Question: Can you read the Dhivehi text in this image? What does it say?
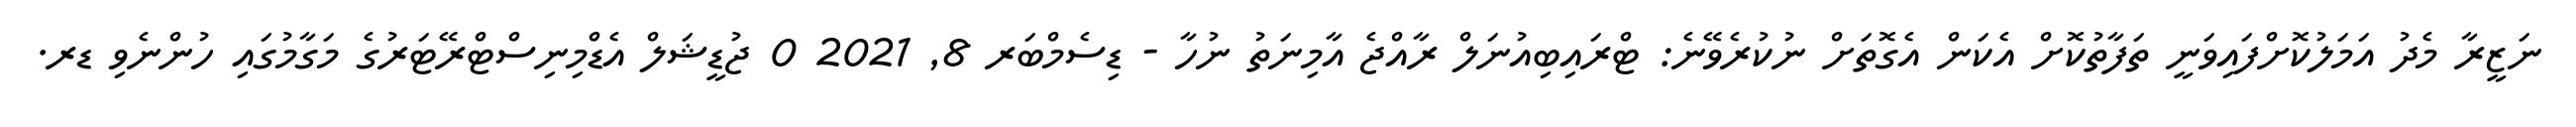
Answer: ނަޒީރާ މެދު އަމަލުކޮށްފައިވަނީ ތަފާތުކޮށް އެކަން އެގޮތަށް ނުކުރެވޭނެ: ޓްރައިބިއުނަލް ރާއްޖެ އާމިނަތު ނުހާ - ޑިސެމްބަރ 8, 2021 0 ޖުޑީޝަލް އެޑްމިނިސްޓްރޭޓަރުގެ މަގާމުގައި ހުންނެވި ޑރ.